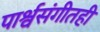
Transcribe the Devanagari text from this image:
पार्श्वसंगीतही